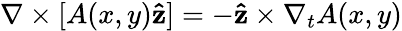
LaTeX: \nabla\times[A(x,y)\mathbf{\hat{z}}]=-\mathbf{\hat{z}}\times\nabla_{t}A(x,y)